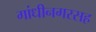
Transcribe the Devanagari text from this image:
गांधीनगरसह